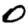
Digit: 0